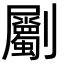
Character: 劚